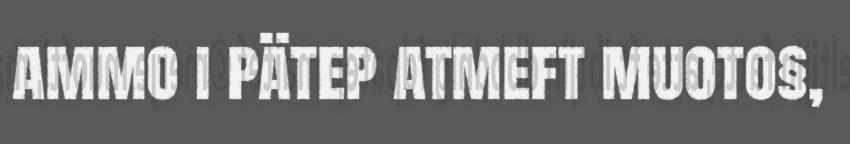
ammo i pätep atmeft muoto§,